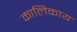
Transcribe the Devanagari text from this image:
कालिकाय